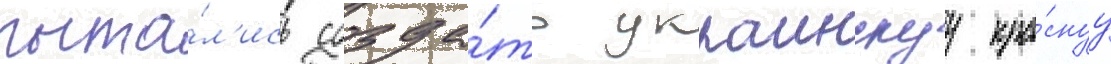
пыта́л'ись созда́ть украинскуу кра́снуу